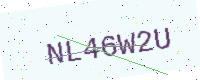
Text: NL46W2U